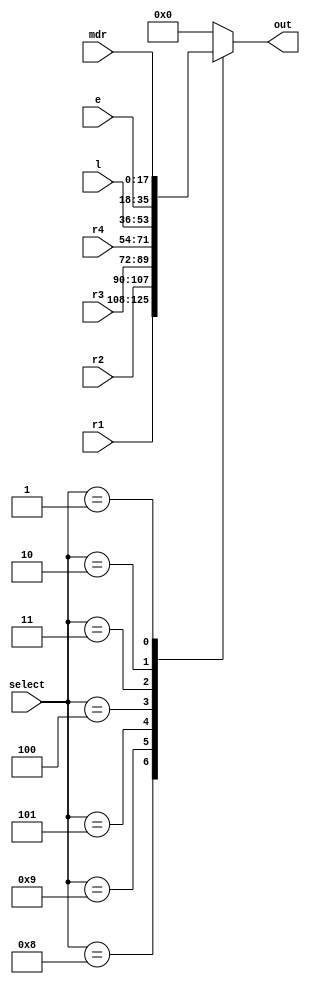
module Mux(
	input wire [3:0] select,
	input wire [17:0] r1,r2,r3,r4,l,e,mdr,
	output wire [17:0] out
	);
	
	localparam   R1   = 4'b1000,
				  R2   = 4'b1001,
				  R3    = 4'b0101,
				  R4    = 4'b0100,
				  L = 4'b0011,
				  E   = 4'b0010,
				  MDR  = 4'b0001,
				  none_M= 4'b0000;
				  
				  
	reg [17:0] data;
	assign out = data;
	
	always @(select)begin
		case(select)
			R1 : data = r1;
			R2 : data = r2;
			R3 : data = r3;
			R4 : data = r4;
			L : data = l;
			E : data = e;
			MDR : data = mdr;
			none_M : data = 4'b0000;
			default : data = 4'b0000;
		endcase
		end
				  
endmodule